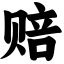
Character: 赔